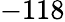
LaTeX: -118